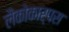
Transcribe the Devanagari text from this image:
लैकोकार्पस